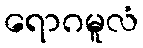
ရောဂမူလံ